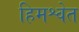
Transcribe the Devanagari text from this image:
हिमश्वेत